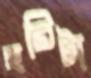
হরিটা